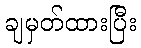
ချမှတ်ထားပြီး